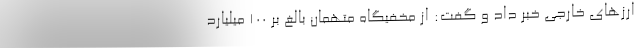
ارزهای خارجی خبر داد و گفت: از مخفیگاه متهمان بالغ بر ۱۰۰ میلیارد